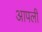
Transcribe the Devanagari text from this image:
आपलीं